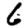
Digit: 6